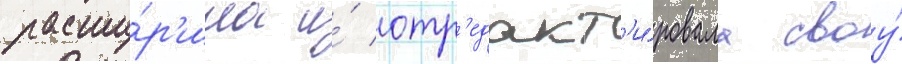
расши́р'ила и́ отр'едакт'и́ровала своу́